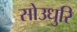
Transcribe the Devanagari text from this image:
सोउधुरि